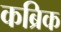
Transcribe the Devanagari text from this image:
कब्रिक